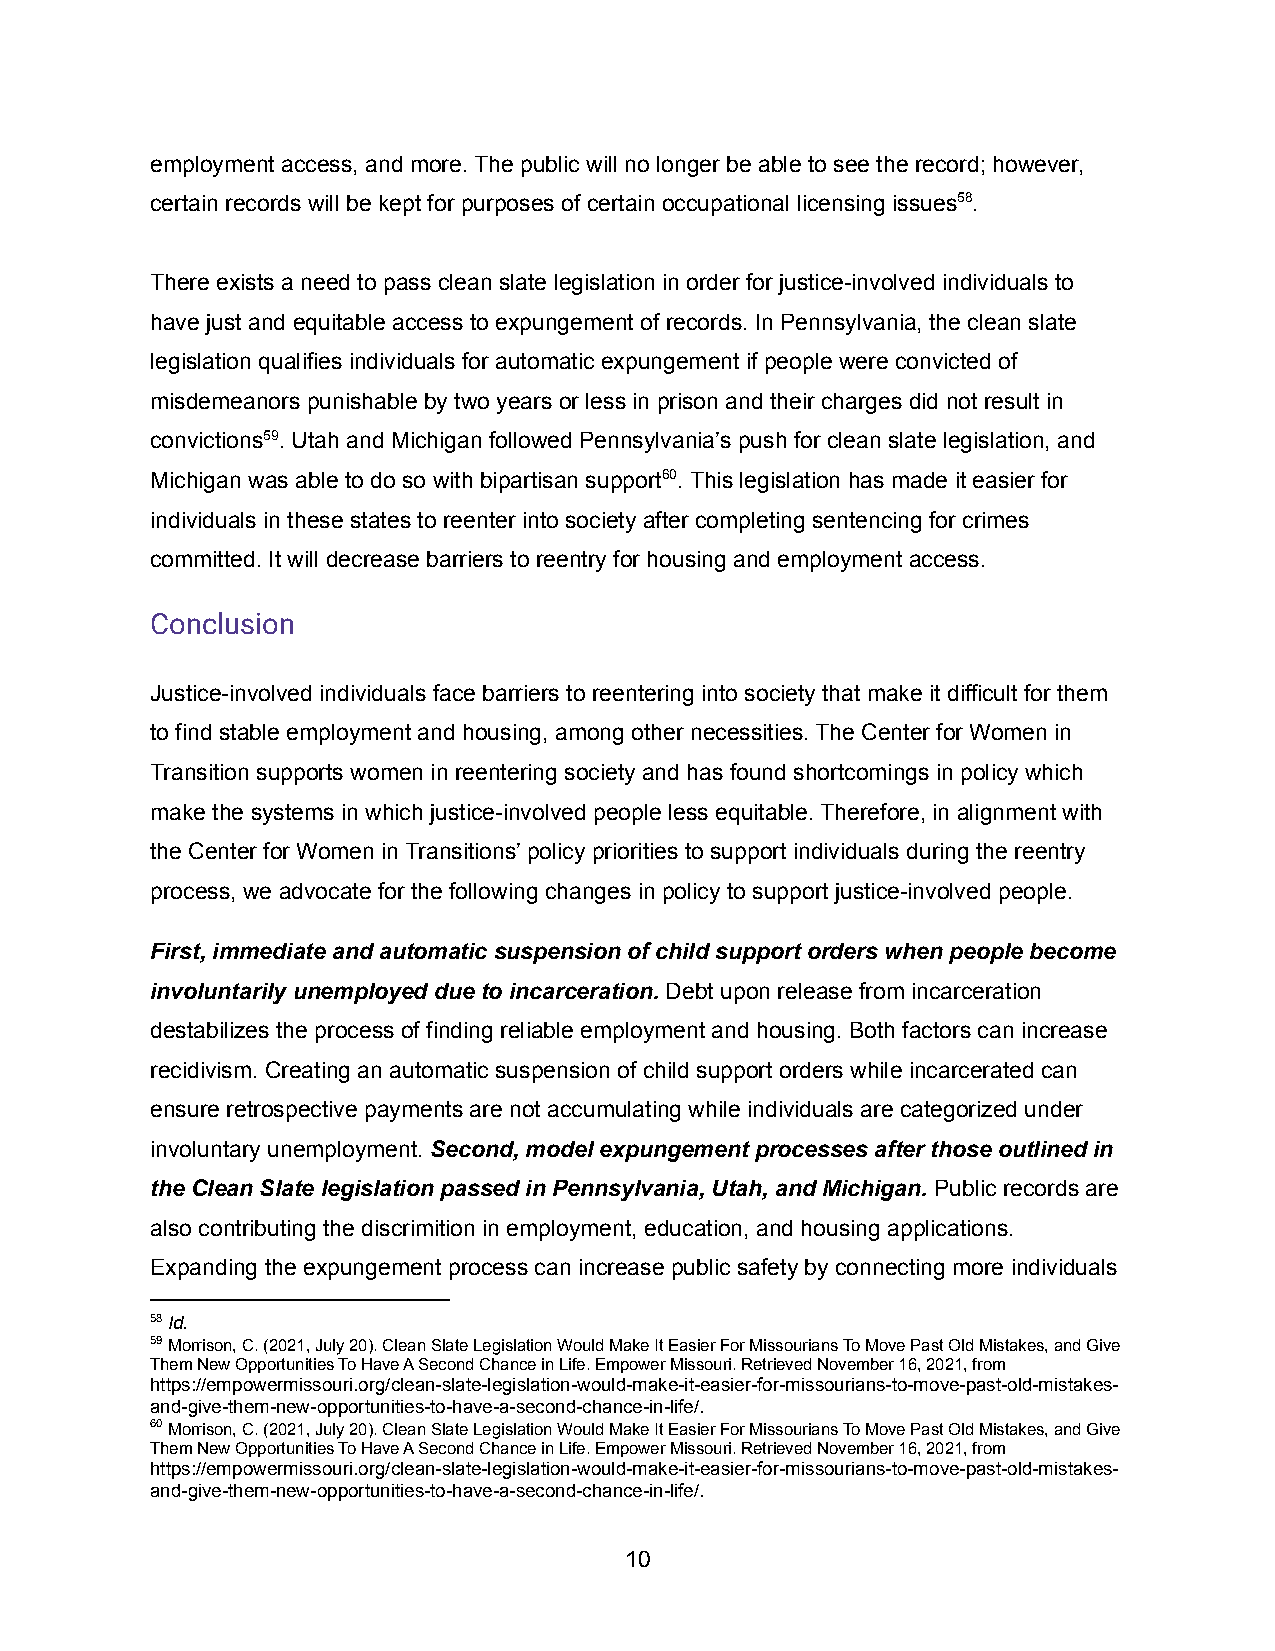
employment access, and more. The public will no longer be able to see the record; however,
 certain records will be kept for purposes of certain occupational licensing issues58.
 There exists a need to pass clean slate legislation in order for justice-involved individuals to
 have just and equitable access to expungement of records. In Pennsylvania, the clean slate
 legislation qualifies individuals for automatic expungement if people were convicted of
 misdemeanors punishable by two years or less in prison and their charges did not result in
 convictions59. Utah and Michigan followed Pennsylvania’s push for clean slate legislation, and
 Michigan was able to do so with bipartisan support60. This legislation has made it easier for
 individuals in these states to reenter into society after completing sentencing for crimes
 committed. It will decrease barriers to reentry for housing and employment access.
 Conclusion
 Justice-involved individuals face barriers to reentering into society that make it difficult for them
 to find stable employment and housing, among other necessities. The Center for Women in
 Transition supports women in reentering society and has found shortcomings in policy which
 make the systems in which justice-involved people less equitable. Therefore, in alignment with
 the Center for Women in Transitions’ policy priorities to support individuals during the reentry
 process, we advocate for the following changes in policy to support justice-involved people.
 First, immediate and automatic suspension of child support orders when people become
 involuntarily unemployed due to incarceration. Debt upon release from incarceration
 destabilizes the process of finding reliable employment and housing. Both factors can increase
 recidivism. Creating an automatic suspension of child support orders while incarcerated can
 ensure retrospective payments are not accumulating while individuals are categorized under
 involuntary unemployment. Second, model expungement processes after those outlined in
 the Clean Slate legislation passed in Pennsylvania, Utah, and Michigan. Public records are
 also contributing the discrimition in employment, education, and housing applications.
 Expanding the expungement process can increase public safety by connecting more individuals
 58Id.
 59Morrison, C. (2021, July 20). Clean Slate LegislationWould Make It Easier For Missourians To Move Past Old Mistakes, and Give
 Them New Opportunities To Have A Second Chance in Life. Empower Missouri. Retrieved November 16, 2021, from
 https://empowermissouri.org/clean-slate-legislation-would-make-it-easier-for-missourians-to-move-past-old-mistakes-
 and-give-them-new-opportunities-to-have-a-second-chance-in-life/.
 60Morrison, C. (2021, July 20). Clean Slate LegislationWould Make It Easier For Missourians To Move Past Old Mistakes, and Give
 Them New Opportunities To Have A Second Chance in Life. Empower Missouri. Retrieved November 16, 2021, from
 https://empowermissouri.org/clean-slate-legislation-would-make-it-easier-for-missourians-to-move-past-old-mistakes-
 and-give-them-new-opportunities-to-have-a-second-chance-in-life/.
 10